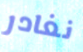
نغادر